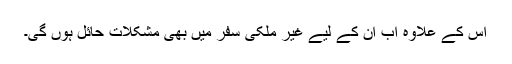
اس کے علاوہ اب ان کے لیے غیر ملکی سفر میں بھی مشکلات حائل ہوں گی۔